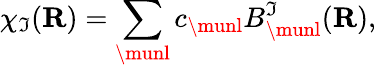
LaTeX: \chi_{\mathfrak{I}}({\mathbf{R}})=\sum_{\boldsymbol{\munl}}c_{\boldsymbol{\munl}}B_{\boldsymbol{\munl}}^{\mathfrak{I}}({\mathbf{R}}),